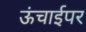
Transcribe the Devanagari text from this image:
ऊंचाईपर